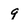
Character: 9